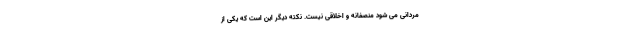
مردانی می شود منصفانه و اخلاقی نیست. نکته دیگر این است که یکی از